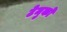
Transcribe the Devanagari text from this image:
टेमुको